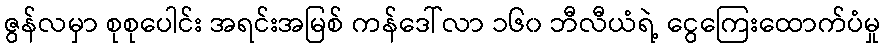
ဇွန်လမှာ စုစုပေါင်း အရင်းအမြစ် ကန်ဒေါ်လာ ၁၆၀ ဘီလီယံရဲ့ ငွေကြေးထောက်ပံမှု